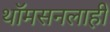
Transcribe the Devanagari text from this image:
थॉमसनलाही